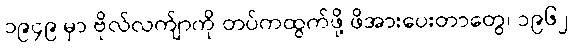
၁၉၄၉ မှာ ဗိုလ်လက်ျာကို တပ်ကထွက်ဖို့ ဖိအားပေးတာတွေ၊ ၁၉၆၂